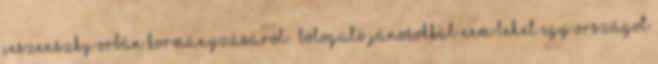
Jeszenszky Orbán kormányzásáról: „Bólogató Jánosokkal nem lehet egy országot